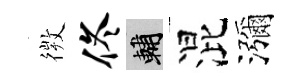
𢕄佟輔混瀰